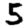
Digit: 5